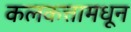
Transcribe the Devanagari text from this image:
कलकत्तामधून